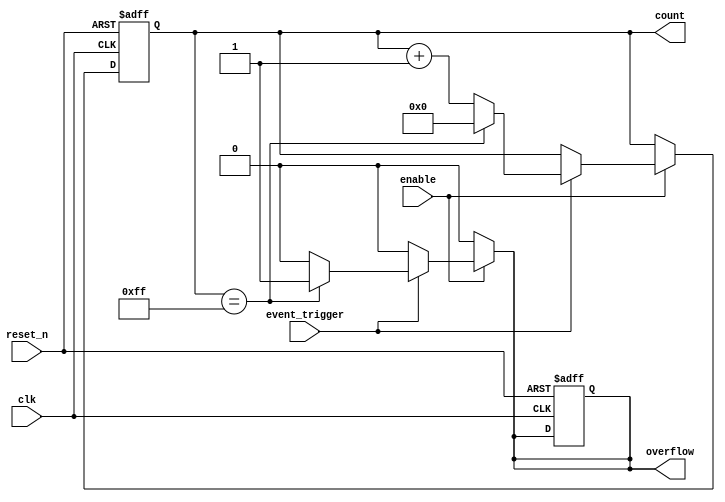
module EventTriggeredCounter #(
    parameter N = 8 // Parameter to define size of the counter (N-bit)
) (
    input wire clk,            // Clock signal
    input wire reset_n,       // Active-low asynchronous reset
    input wire event_trigger,  // Event trigger signal
    input wire enable,         // Enable signal for counting
    output reg [N-1:0] count,  // Current count value
    output reg overflow        // Overflow indicator
);
    // Internal signal to hold the next count value
    reg [N-1:0] next_count;

    // Asynchronous reset logic
    always @(posedge clk or negedge reset_n) begin
        if (!reset_n) begin
            count <= 0;        // Reset count to 0
            overflow <= 1'b0;  // Clear overflow on reset
        end else if (enable) begin
            count <= next_count; // Update count on clock edge
        end
    end

    // Increment logic based on event trigger
    always @(*) begin
        if (enable) begin
            if (event_trigger) begin
                if (count == {N{1'b1}}) begin
                    next_count = 0;  // Reset count if overflow occurs
                    overflow = 1'b1; // Set overflow flag
                end else begin
                    next_count = count + 1; // Increment count
                    overflow = 1'b0; // Clear overflow flag
                end
            end else begin
                next_count = count; // Hold current count if no event
                overflow = 1'b0; // Clear overflow flag
            end
        end else begin
            next_count = count; // Hold current count if not enabled
            overflow = 1'b0; // Clear overflow flag
        end
    end

endmodule